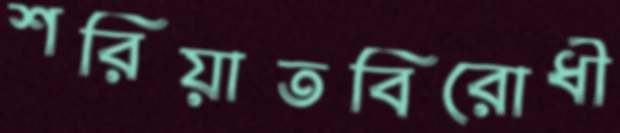
শরিয়াতবিরোধী